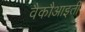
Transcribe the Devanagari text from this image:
वैकौआइती